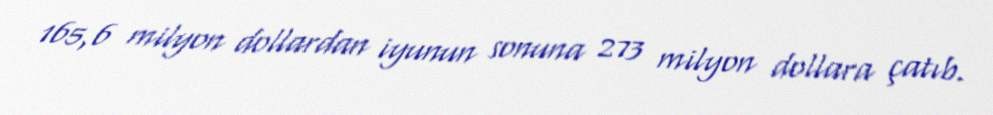
165,6 milyon dollardan iyunun sonuna 273 milyon dollara çatıb.